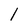
Character: 1